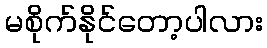
မစိုက်နိုင်တော့ပါလား